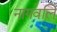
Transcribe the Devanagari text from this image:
नागवलि